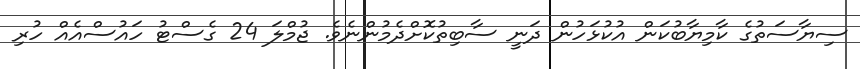
ސިޔާސަތުގެ ކާމިޔާބުކަން އުކުޅަހުން ދަނީ ސާބިތުކޮށްދެމުންނެވެ. ޖުމްލަ 24 ގެސްޓު ހައުސްއެއް ހުރި